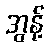
အွန့်